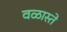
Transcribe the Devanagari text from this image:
वळास्ते